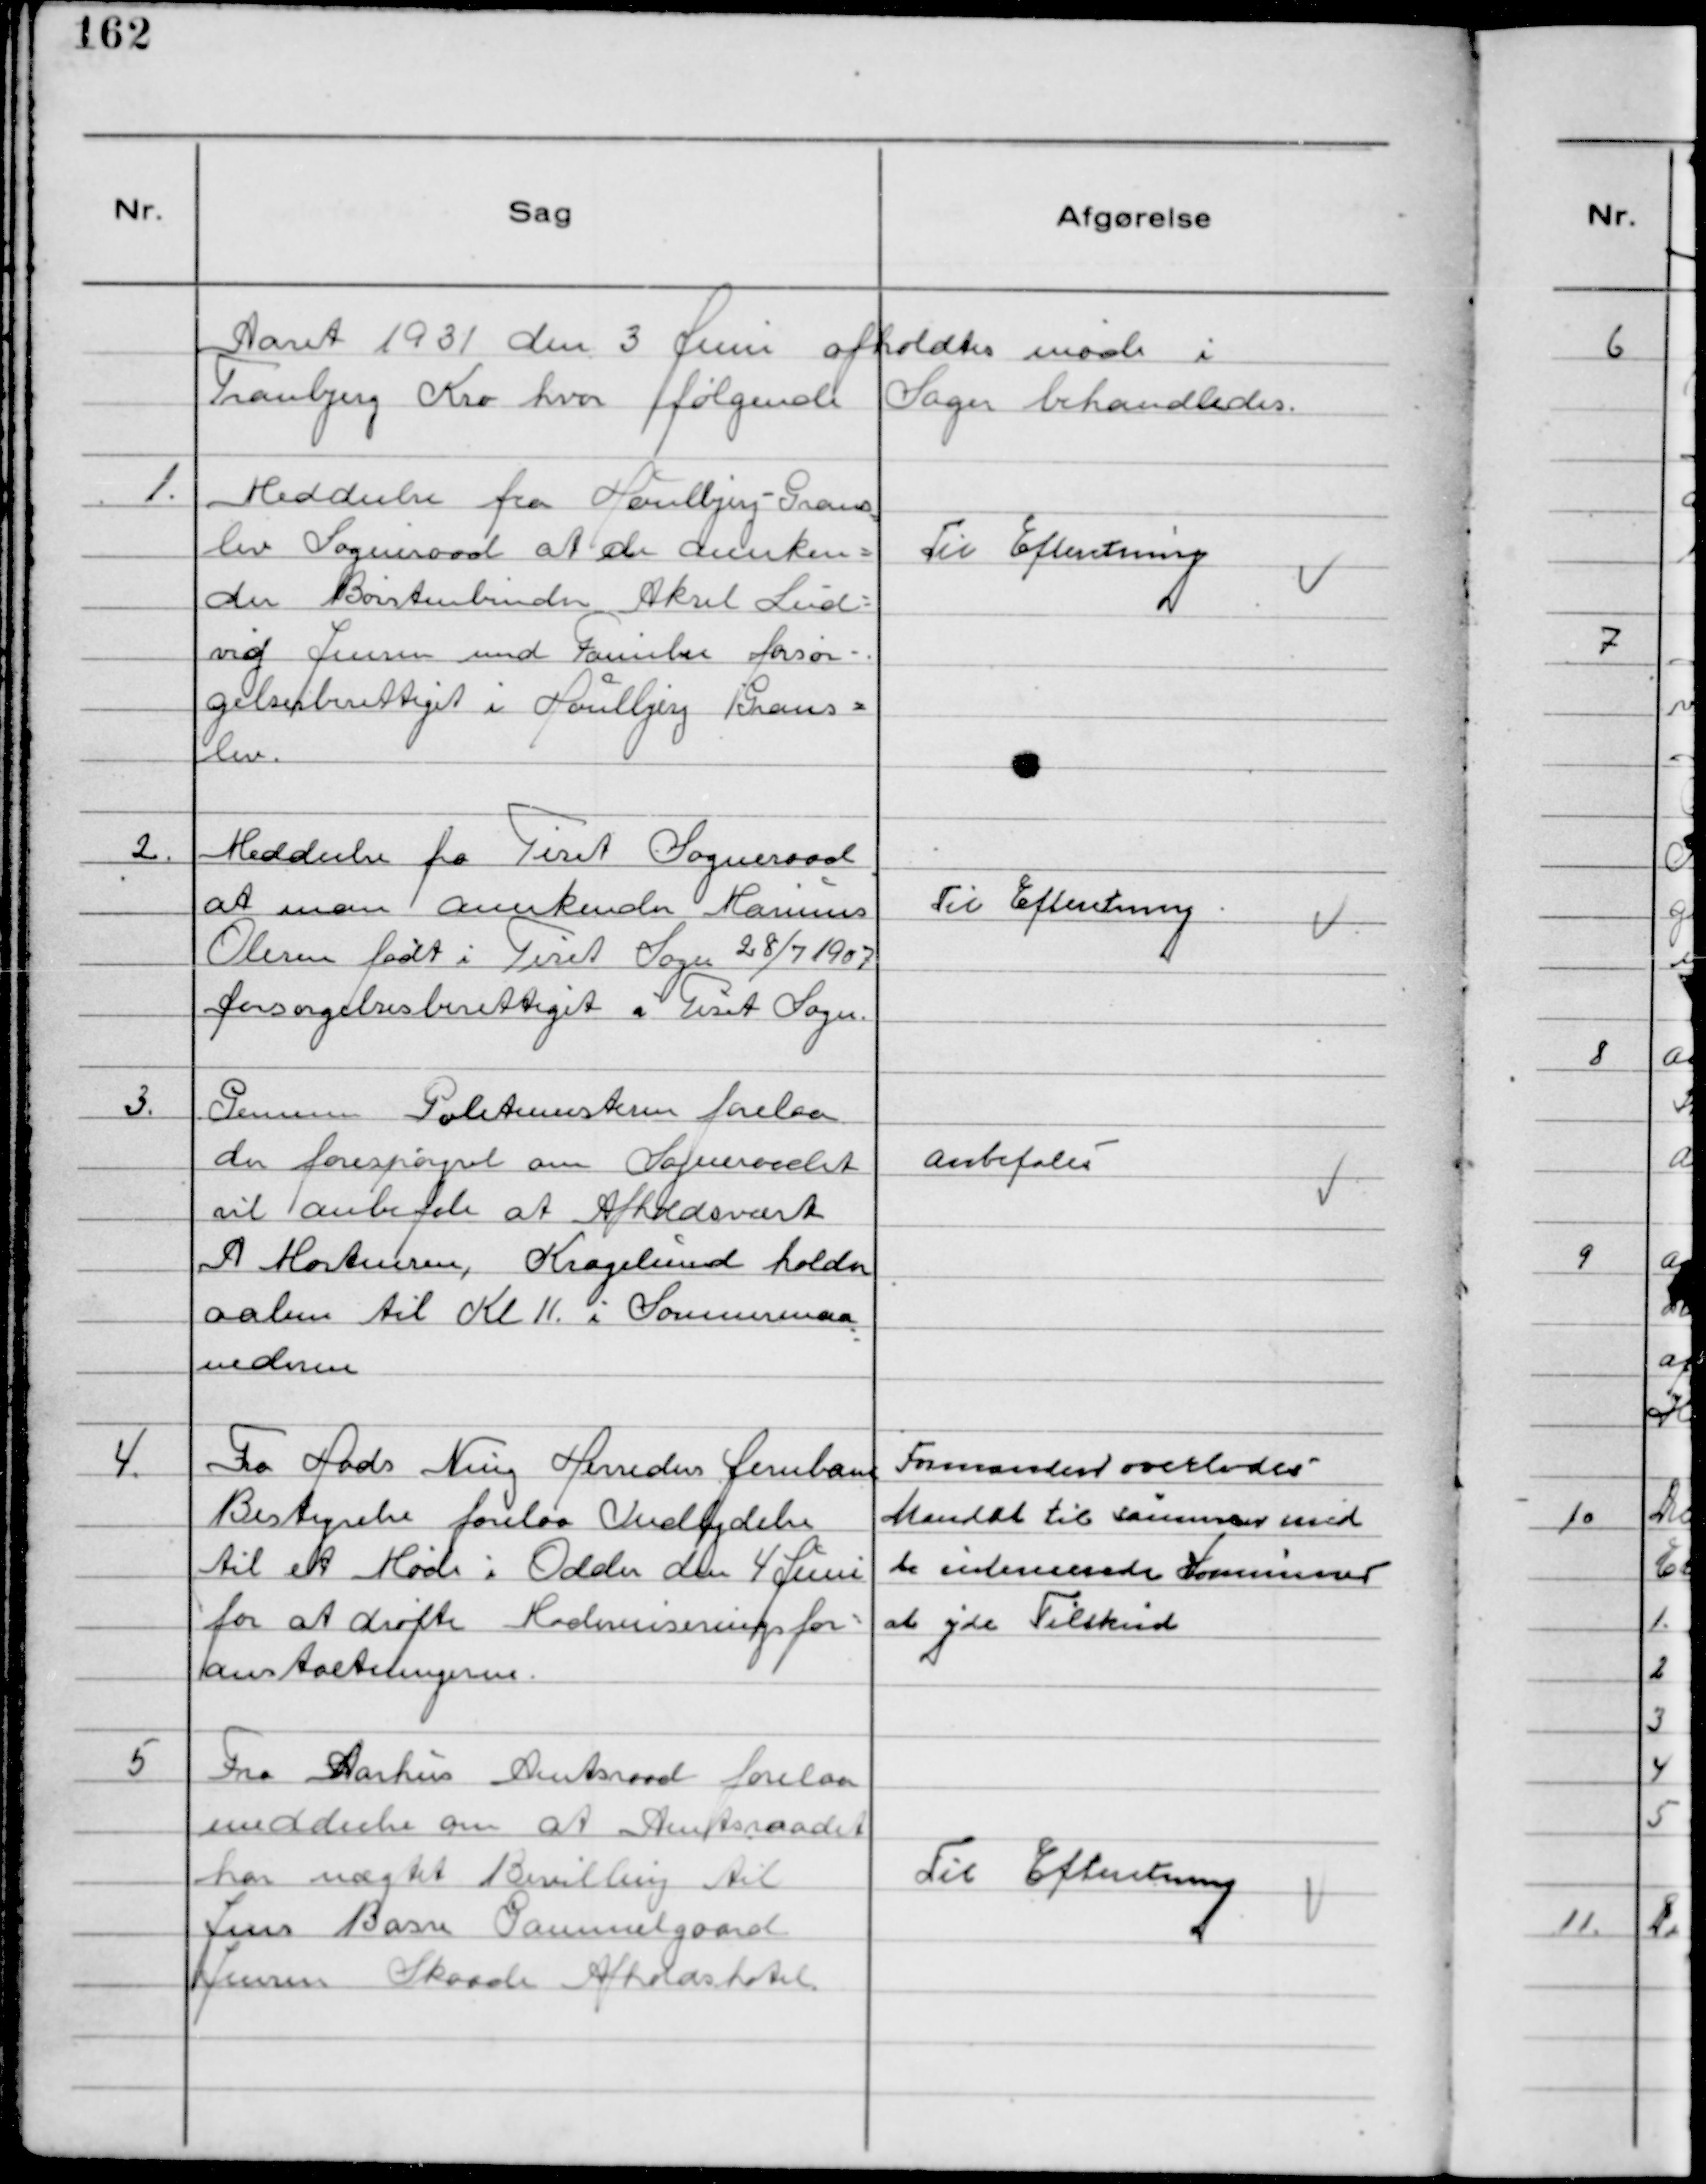
Transskription:
Aaret 1931 den 3 Juni afholdtes møde i
Tranbjerg Kro hvor følgende Sager behandledes.

1.
Meddeelse fra Houlbjerg-Grans
lev Sogneraad at de anerken-
der Børstenbinder Aksel Lud-
vig Jensen med Familie forsør-
gelsesberettiget i Houlbjerg Grans-
lev.

Til Efteretning

2.
Meddeelse fra Tiset Sogneraad
at man Anerkender Marinus
Olesen født i Tiset Sogn 28/7 1907
forsørgelsesberettiget i Tiset Sogn.

Til Efteretning

3.
Gennem Politimesteren forelaa
der forespørgsel om Sogneraadet
vil anbefale at Afholdsvært
A Mortensen, Kragelund holder
aaben til Kl 11. i Sommermaa
nederne

Anbefales

4.
Fra Hads Ning Herreders Jernbane
Bestyrelse forelaa Indbydelse
til et Møde i Odder den 4 Juni
for at drøfte Moderniseringsfor-
anstaltningerne.

Formanden overlodes
Mandat til sammen med
de intereserede Kommuner
at yde Tilskud

5
Fra Aarhus Amtsraad forelaa
meddeelse om at Amtsraadet
har nægtet Bevilling til
Jens Basse Gammelgaard
Jensen Skaade Afholdshotel.

Til Efteretning